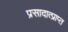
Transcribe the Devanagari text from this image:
प्रसादात्प्राप्त